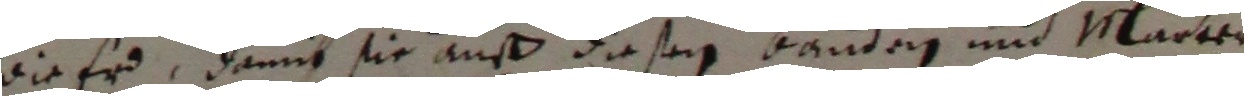
wie er, danns sie auß diesem banden und marter